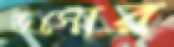
ভস্মের